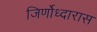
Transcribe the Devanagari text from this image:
जिर्णोध्दारास